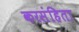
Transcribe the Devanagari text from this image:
करसंहिता